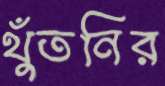
থুঁতনির